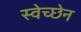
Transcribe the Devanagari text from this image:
स्वेच्छेन